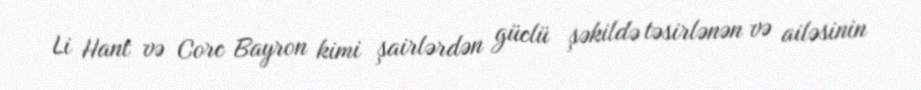
Li Hant və Corc Bayron kimi şairlərdən güclü şəkildə təsirlənən və ailəsinin